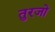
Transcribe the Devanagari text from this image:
तुरजो